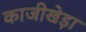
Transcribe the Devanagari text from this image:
काजीखेड़ा